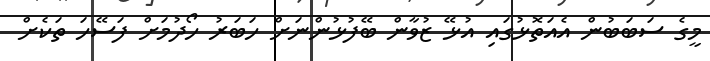
މީގެ ސަބަބުން އެއަތޮޅުގައި އުޅޭ ޒުވާން ބޭފުޅުންނަށް ހަބަރު ހޯދުމަށް ފަސޭހަ ތަކެށް